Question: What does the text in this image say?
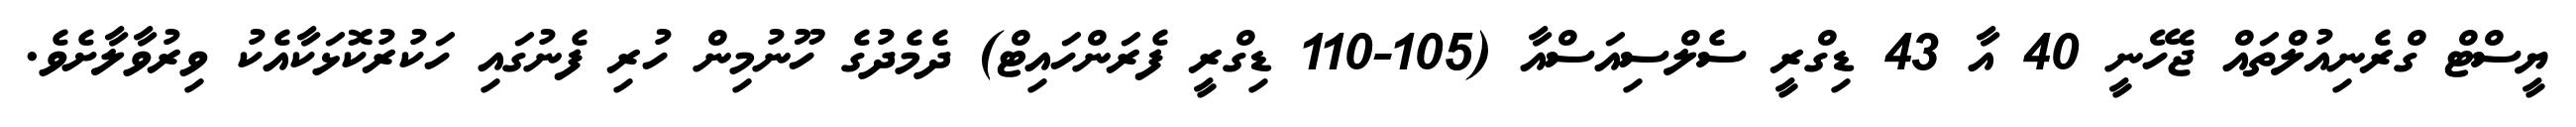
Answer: ޔީސްޓް ގްރެނިއުލްތައް ޖެހޭނީ 40 އާ 43 ޑިގްރީ ސެލްސިއަސްއާ (105-110 ޑިގްރީ ފެރަންހައިޓް) ދެމެދުގެ ހޫނުމިން ހުރި ފެނުގައި ހަކުރުކޮޅަކާއެކު ވިރުވާލާށެވެ.